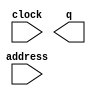
// megafunction wizard: %ROM: 1-PORT%VBB%
// GENERATION: STANDARD
// VERSION: WM1.0
// MODULE: altsyncram 

// ============================================================
// Megafunction Name(s):
// 			altsyncram
//
// Simulation Library Files(s):
// 			altera_mf
// ============================================================
// ************************************************************
// THIS IS A WIZARD-GENERATED FILE. DO NOT EDIT THIS FILE!
//
// 18.0.0 Build 614 04/24/2018 SJ Standard Edition
// ************************************************************

//Copyright (C) 2018  Intel Corporation. All rights reserved.
//Your use of Intel Corporation's design tools, logic functions 
//and other software and tools, and its AMPP partner logic 
//functions, and any output files from any of the foregoing 
//(including device programming or simulation files), and any 
//associated documentation or information are expressly subject 
//to the terms and conditions of the Intel Program License 
//Subscription Agreement, the Intel Quartus Prime License Agreement,
//the Intel FPGA IP License Agreement, or other applicable license
//agreement, including, without limitation, that your use is for
//the sole purpose of programming logic devices manufactured by
//Intel and sold by Intel or its authorized distributors.  Please
//refer to the applicable agreement for further details.

module cherry (
	address,
	clock,
	q);

	input	[10:0]  address;
	input	  clock;
	output	[2:0]  q;
`ifndef ALTERA_RESERVED_QIS
// synopsys translate_off
`endif
	tri1	  clock;
`ifndef ALTERA_RESERVED_QIS
// synopsys translate_on
`endif

endmodule

// ============================================================
// CNX file retrieval info
// ============================================================
// Retrieval info: PRIVATE: ADDRESSSTALL_A NUMERIC "0"
// Retrieval info: PRIVATE: AclrAddr NUMERIC "0"
// Retrieval info: PRIVATE: AclrByte NUMERIC "0"
// Retrieval info: PRIVATE: AclrOutput NUMERIC "0"
// Retrieval info: PRIVATE: BYTE_ENABLE NUMERIC "0"
// Retrieval info: PRIVATE: BYTE_SIZE NUMERIC "8"
// Retrieval info: PRIVATE: BlankMemory NUMERIC "0"
// Retrieval info: PRIVATE: CLOCK_ENABLE_INPUT_A NUMERIC "0"
// Retrieval info: PRIVATE: CLOCK_ENABLE_OUTPUT_A NUMERIC "0"
// Retrieval info: PRIVATE: Clken NUMERIC "0"
// Retrieval info: PRIVATE: IMPLEMENT_IN_LES NUMERIC "0"
// Retrieval info: PRIVATE: INIT_FILE_LAYOUT STRING "PORT_A"
// Retrieval info: PRIVATE: INIT_TO_SIM_X NUMERIC "0"
// Retrieval info: PRIVATE: INTENDED_DEVICE_FAMILY STRING "Cyclone V"
// Retrieval info: PRIVATE: JTAG_ENABLED NUMERIC "0"
// Retrieval info: PRIVATE: JTAG_ID STRING "NONE"
// Retrieval info: PRIVATE: MAXIMUM_DEPTH NUMERIC "0"
// Retrieval info: PRIVATE: MIFfilename STRING "./mifs/cherry.colour.mif"
// Retrieval info: PRIVATE: NUMWORDS_A NUMERIC "1600"
// Retrieval info: PRIVATE: RAM_BLOCK_TYPE NUMERIC "0"
// Retrieval info: PRIVATE: RegAddr NUMERIC "1"
// Retrieval info: PRIVATE: RegOutput NUMERIC "0"
// Retrieval info: PRIVATE: SYNTH_WRAPPER_GEN_POSTFIX STRING "0"
// Retrieval info: PRIVATE: SingleClock NUMERIC "1"
// Retrieval info: PRIVATE: UseDQRAM NUMERIC "0"
// Retrieval info: PRIVATE: WidthAddr NUMERIC "11"
// Retrieval info: PRIVATE: WidthData NUMERIC "3"
// Retrieval info: PRIVATE: rden NUMERIC "0"
// Retrieval info: LIBRARY: altera_mf altera_mf.altera_mf_components.all
// Retrieval info: CONSTANT: ADDRESS_ACLR_A STRING "NONE"
// Retrieval info: CONSTANT: CLOCK_ENABLE_INPUT_A STRING "BYPASS"
// Retrieval info: CONSTANT: CLOCK_ENABLE_OUTPUT_A STRING "BYPASS"
// Retrieval info: CONSTANT: INIT_FILE STRING "./mifs/cherry.colour.mif"
// Retrieval info: CONSTANT: INTENDED_DEVICE_FAMILY STRING "Cyclone V"
// Retrieval info: CONSTANT: LPM_HINT STRING "ENABLE_RUNTIME_MOD=NO"
// Retrieval info: CONSTANT: LPM_TYPE STRING "altsyncram"
// Retrieval info: CONSTANT: NUMWORDS_A NUMERIC "1600"
// Retrieval info: CONSTANT: OPERATION_MODE STRING "ROM"
// Retrieval info: CONSTANT: OUTDATA_ACLR_A STRING "NONE"
// Retrieval info: CONSTANT: OUTDATA_REG_A STRING "UNREGISTERED"
// Retrieval info: CONSTANT: WIDTHAD_A NUMERIC "11"
// Retrieval info: CONSTANT: WIDTH_A NUMERIC "3"
// Retrieval info: CONSTANT: WIDTH_BYTEENA_A NUMERIC "1"
// Retrieval info: USED_PORT: address 0 0 11 0 INPUT NODEFVAL "address[10..0]"
// Retrieval info: USED_PORT: clock 0 0 0 0 INPUT VCC "clock"
// Retrieval info: USED_PORT: q 0 0 3 0 OUTPUT NODEFVAL "q[2..0]"
// Retrieval info: CONNECT: @address_a 0 0 11 0 address 0 0 11 0
// Retrieval info: CONNECT: @clock0 0 0 0 0 clock 0 0 0 0
// Retrieval info: CONNECT: q 0 0 3 0 @q_a 0 0 3 0
// Retrieval info: GEN_FILE: TYPE_NORMAL cherry.v TRUE
// Retrieval info: GEN_FILE: TYPE_NORMAL cherry.inc FALSE
// Retrieval info: GEN_FILE: TYPE_NORMAL cherry.cmp FALSE
// Retrieval info: GEN_FILE: TYPE_NORMAL cherry.bsf FALSE
// Retrieval info: GEN_FILE: TYPE_NORMAL cherry_inst.v FALSE
// Retrieval info: GEN_FILE: TYPE_NORMAL cherry_bb.v TRUE
// Retrieval info: LIB_FILE: altera_mf